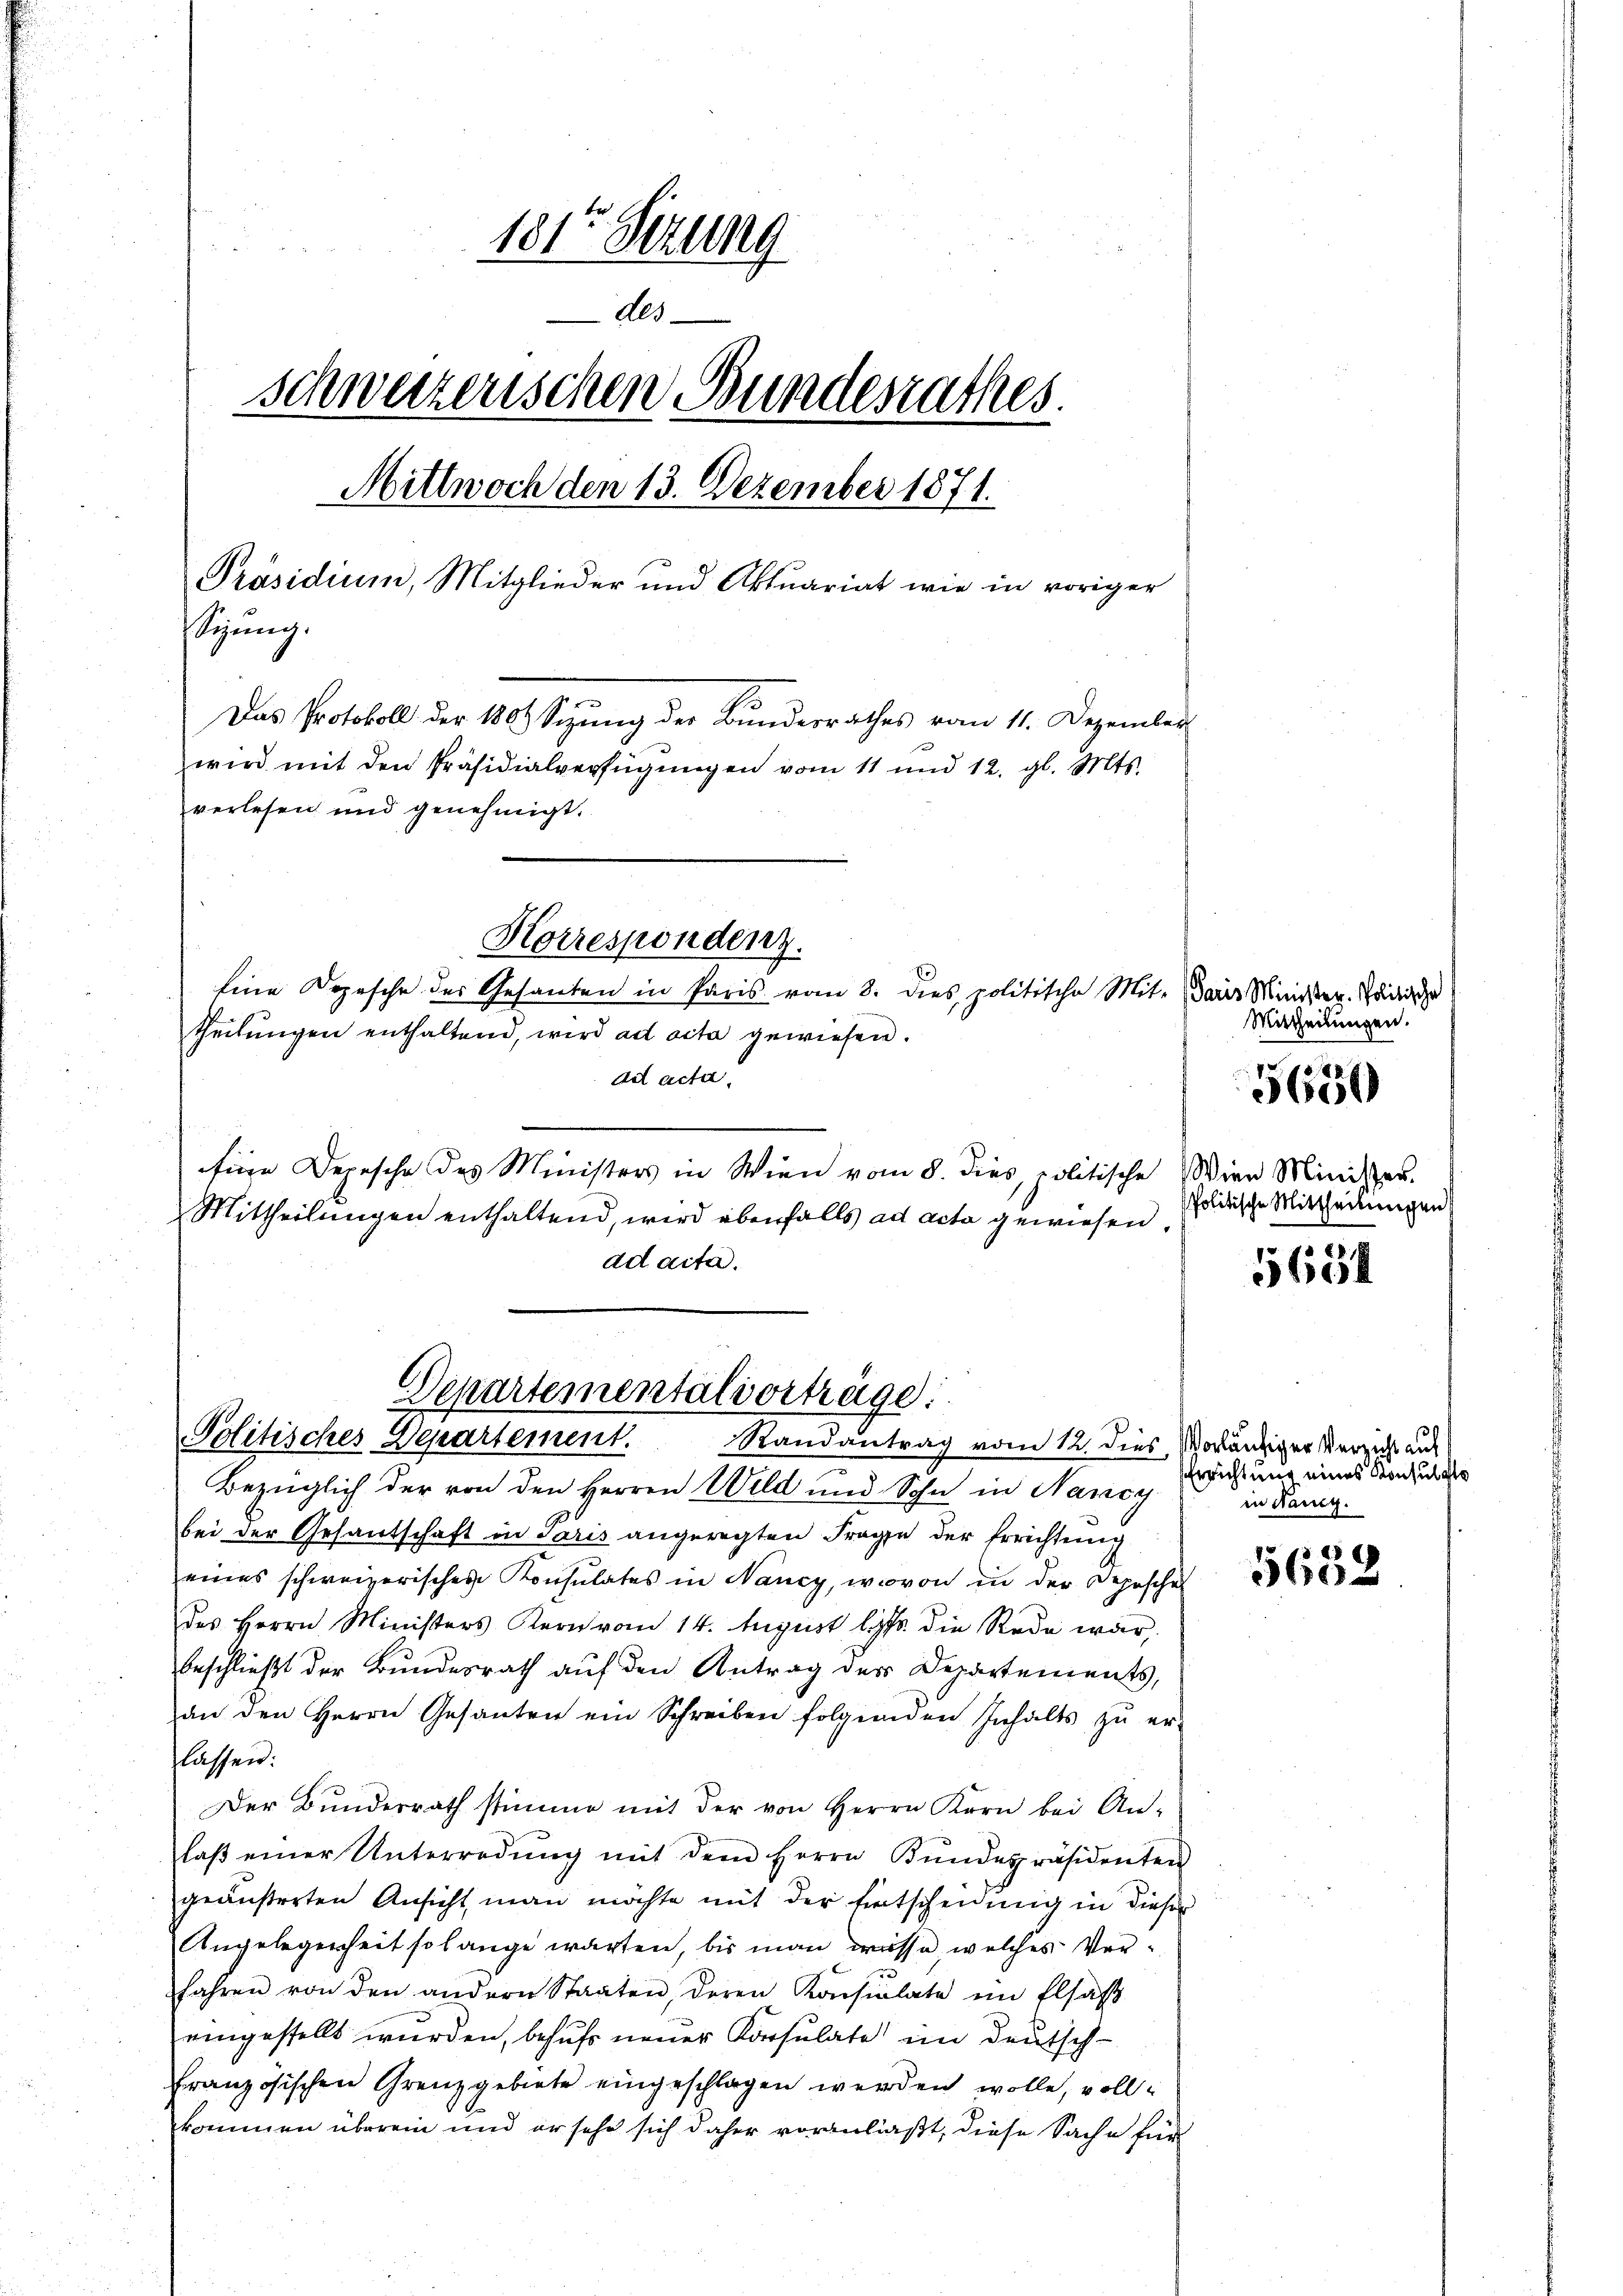
181ten Sizung
des
schweizerischen Bundesrathes.
Mittwoch den 13. Dezember 1871.
Präsidium, Mitglieder und Aktuariat wie in voriger
stigung.
Das Protokoll der 180. Sitzŭng der Bundesrathes vom 11. Dezember
wird mit den Präsidialverfügŭngen vom 11 und 12. gl. Mts.
verlesen und genehmigt.
Horrespondenz.
Eine Depesche des Gesanten in Paris vom 8. dies politische Mit- Paris Minister, Predige
theilŭngen enthaltend, wird ad acta gewiesen.
det acta

fige Depesche des Ministers in Wien vom 8. dies politische Wien Minister.
Mittheilungen enthaltend, wird ebenfalls ad acta gewiesen.
ad acta.

Departementalvorträge:
Politisches Departement. Randantrag vom 12. dies, oranziger Verzicht aus

Bezüglich der von den Herren Wild und Sohn in Nancy
bei der Gesandschaft in Paris angeregten Frage der Errichtung
eines schweizerisches Konsulates in Nancy, wovon in der Depeschen
des Herrn Ministers Kern von 14. August lit. die Rede war,
beschließt der Bundesrath auf den Antrag der Departements,
an den Herrn Gesanten ein Schreiben folgenden Inhalts zŭ er-
flassen.
Der Bundesrath stimme mit der von Herrn Korn bei An-
laβ einer Unterradŭng mit dem Herrn Bŭndespräsidenten
geäußerten Ansicht man möchte mit der Entscheidung in dieser
Angelegenheit solange warten, bis man wisse, welches Verfahren von den andern Staaten, deren Konsulate im Elsas
eingestellt wurden, behufs neuer Korsulate im Deutsch-
französischen Grenzgebiete eingeschlagen werden wolle, vollkommen überein und er sehr sich daher voranlaßt, diese Sache für

Mittheilungen.

5650

Politische Mittheilungen

xx
e

Errichtung eines Konsulate
in Stang.

s 25
360 x